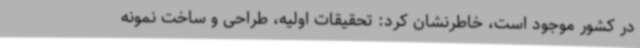
در کشور موجود است، خاطرنشان کرد: تحقیقات اولیه، طراحی و ساخت نمونه